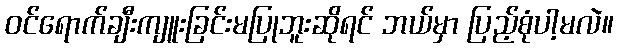
ဝင်ရောက်ချီးကျူးခြင်းမပြုဘူးဆိုရင် ဘယ်မှာ ပြည့်စုံပါ့မလဲ။